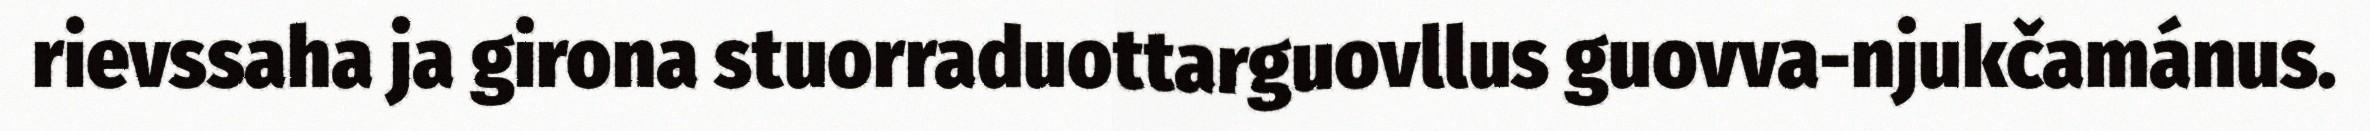
rievssaha ja girona stuorraduottarguovllus guovva-njukčamánus.